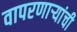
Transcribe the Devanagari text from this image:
वापरणार्‍यांची